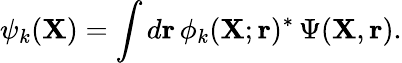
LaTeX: \psi_{k}({\mathbf{X}})=\int d{\mathbf{r}}\, \phi_{k}({\mathbf{X}};{\mathbf{r}})^{*}\, \Psi({\mathbf{X}},{\mathbf{r}}).